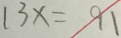
1 3 x = 9 1